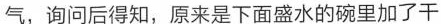
气，询问后得知，原来是下面盛水的碗里加了干